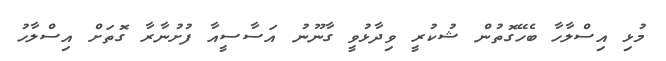
މުޅި އިސްލާހާ ބެހޭގޮތުން ޝުކުރީ ވިދާޅުވީ ގާނޫނު އަސާސީއާ ފުށުނާރާ ގޮތަށް އިސްލާހު